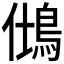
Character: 𪀆